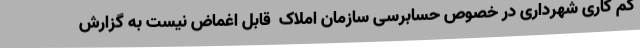
کم کاری شهرداری در خصوص حسابرسی سازمان املاک  قابل اغماض نیست به گزارش